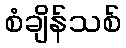
စံချိန်သစ်